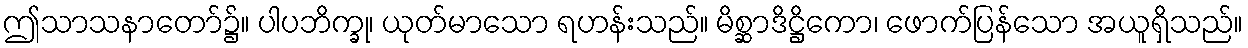
ဤသာသနာတော်၌။ ပါပဘိက္ခု၊ ယုတ်မာသော ရဟန်းသည်။ မိစ္ဆာဒိဋ္ဌိကော၊ ဖောက်ပြန်သော အယူရှိသည်။